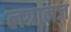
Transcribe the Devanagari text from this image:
लग्रानज